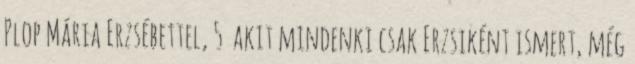
Plop Mária Erzsébettel, 5 akit mindenki csak Erzsiként ismert, még